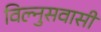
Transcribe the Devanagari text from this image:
विल्नुसवासी